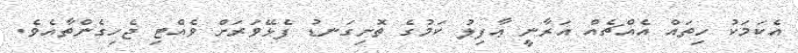
އެކަމަކު ހިތައް އެއްޗެއް އަރާނީ ޢާފިލު ކަމުގެ ތޮށިގަނޑު ފެޅޭވަރަށް ވެއްޓި ޖެހިގެންތާއެވެ.